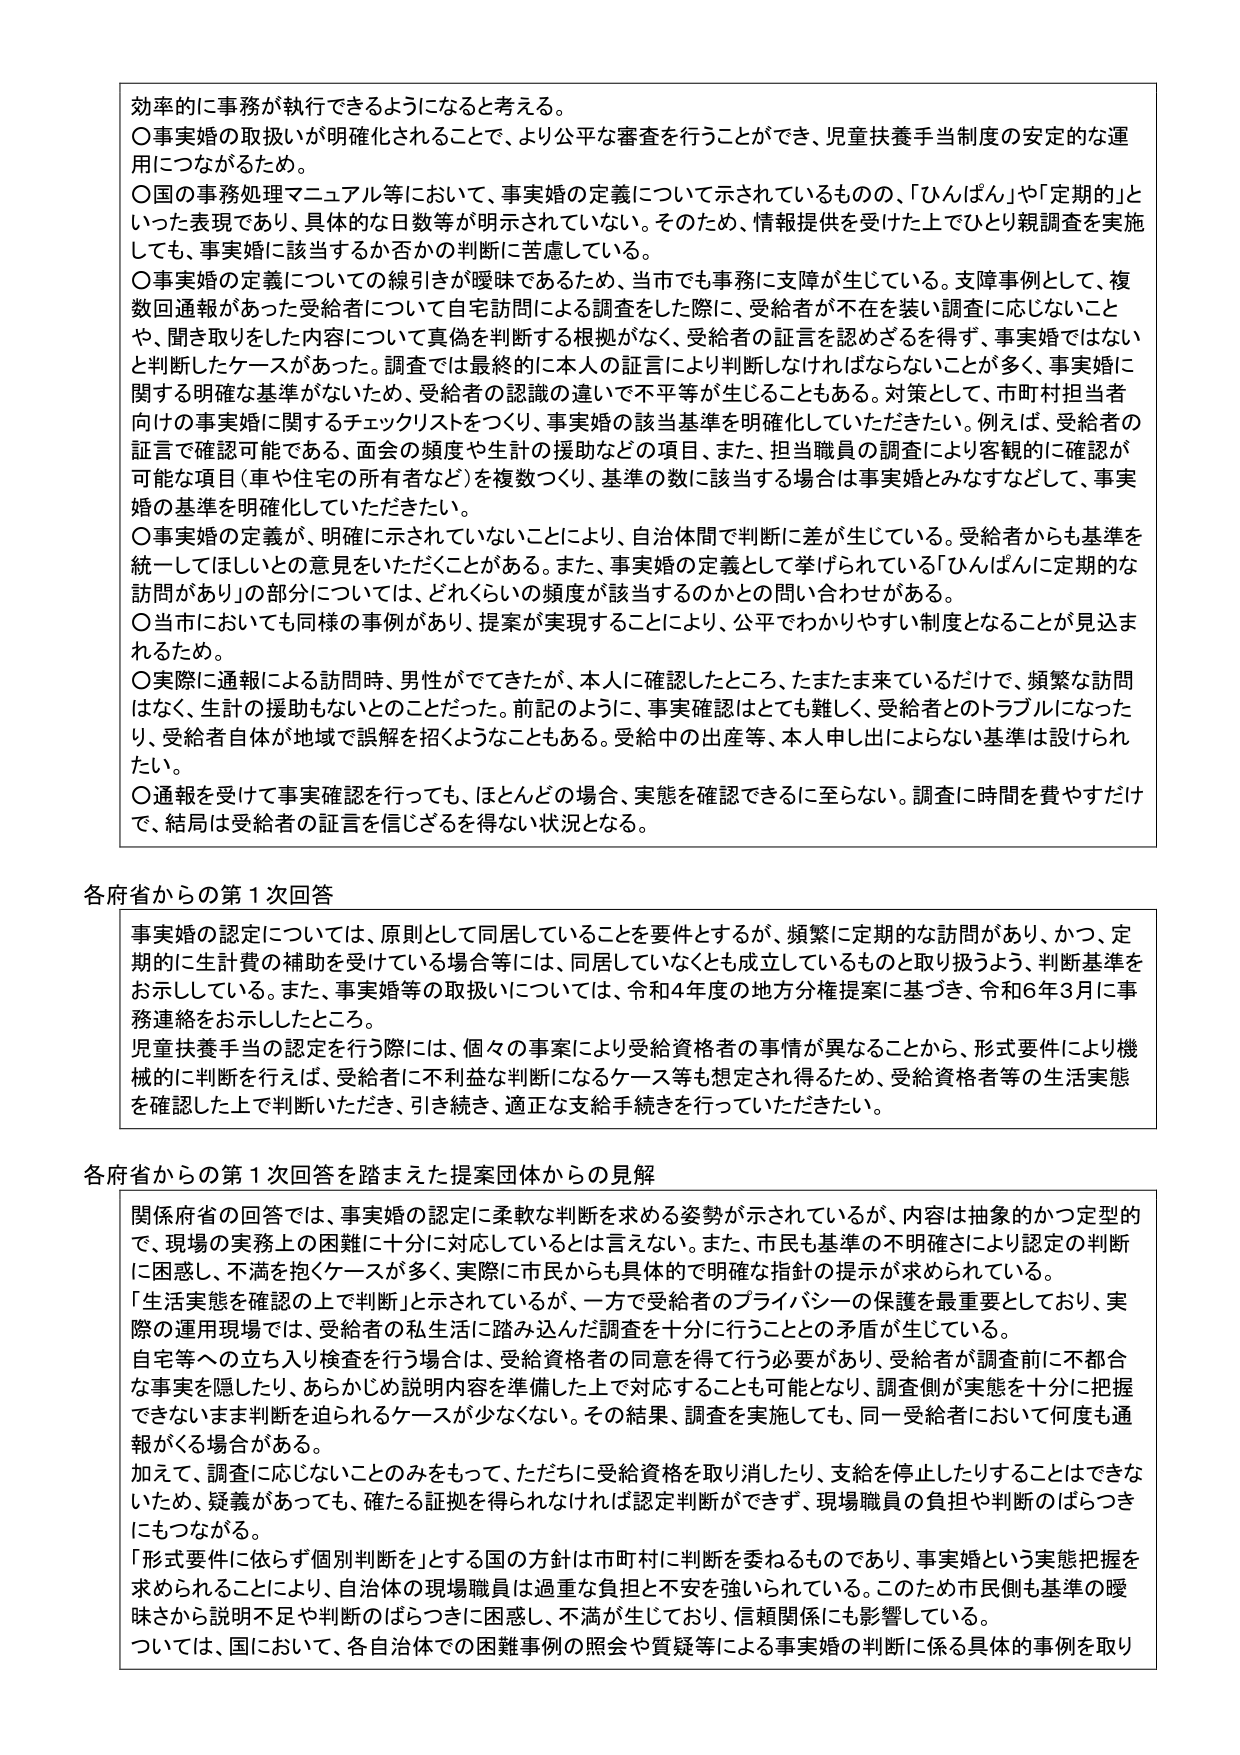
効率的に事務が執行できるようになると考える。
〇事実婚の取扱いが明確化されることで、より公平な審査を行うことができ、児童扶養手当制度の安定的な運用につながるため。
〇国の事務処理マニュアル等において、事実婚の定義について示されているものの、「ひんぱん」や「定期的」といった表現であり、具体的な日数等が明示されていない。そのため、情報提供を受けた上でひとり親調査を実施しても、事実婚に該当するか否かの判断に苦慮している。
〇事実婚の定義についての線引きが曖昧であるため、当市でも事務に支障が生じている。支障事例として、複数回通報があった受給者について自宅訪問による調査をした際に、受給者が不在を装い調査に応じないことや、聞き取りをした内容について真偽を判断する根拠がなく、受給者の証言を認めざるを得ず、事実婚ではないと判断したケースがあった。調査では最終的に本人の証言により判断しなければならないことが多く、事実婚に関する明確な基準がないため、受給者の認識の違いで不平等が生じることもある。対策として、市町村担当者向けの事実婚に関するチェックリストをつくり、事実婚の該当基準を明確化していただきたい。例えば、受給者の証言で確認可能である、面会の頻度や生計の援助などの項目、また、担当職員の調査により客観的に確認が可能な項目（車や住宅の所有者など）を複数つくり、基準の数に該当する場合は事実婚とみなすなどして、事実婚の基準を明確化していただきたい。
〇事実婚の定義が、明確に示されていないことにより、自治体間で判断に差が生じている。受給者からも基準を統一してほしいとの意見をいただくことがある。また、事実婚の定義として挙げられている「ひんぱんに定期的な訪問があり」の部分については、どれくらいの頻度が該当するのかとの問い合わせがある。
〇当市においても同様の事例があり、提案が実現することにより、公平でわかりやすい制度となることが見込まれるため。
〇実際に通報による訪問時、男性がでてきたが、本人に確認したところ、たまたま来ているだけで、頻繁な訪問はなく、生計の援助もないとのことだった。前記のように、事実確認はとても難しく、受給者とのトラブルになったり、受給者自体が地域で誤解を招くようなこともある。受給中の出産等、本人申し出によらない基準は設けられたい。
〇通報を受けて事実確認を行っても、ほとんどの場合、実態を確認できるに至らない。調査に時間を費やすだけで、結局は受給者の証言を信じざるを得ない状況となる。

各府省からの第1次回答
事実婚の認定については、原則として同居していることを要件とするが、頻繁に定期的な訪問があり、かつ、定期的に生計費の補助を受けている場合等には、同居していなくとも成立しているものと取り扱うよう、判断基準をお示ししている。また、事実婚等の取扱いについては、令和4年度の地方分権提案に基づき、令和6年3月に事務連絡をお示ししたところ。
児童扶養手当の認定を行う際には、個々の事案により受給資格者の事情が異なることから、形式要件により機械的に判断を行えば、受給者に不利益な判断になるケース等も想定され得るため、受給資格者等の生活実態を確認した上で判断いただき、引き続き、適正な支給手続きを行っていただきたい。

各府省からの第1次回答を踏まえた提案団体からの見解
関係府省の回答では、事実婚の認定に柔軟な判断を求める姿勢が示されているが、内容は抽象的かつ定型的で、現場の実務上の困難に十分に対応しているとは言えない。また、市民も基準の不明確さにより認定の判断に困惑し、不満を抱くケースが多く、実際に市民からも具体的で明確な指針の提示が求められている。
「生活実態を確認の上で判断」と示されているが、一方で受給者のプライバシーの保護を最重要としており、実際の運用現場では、受給者の私生活に踏み込んだ調査を十分に行うこととの矛盾が生じている。
自宅等への立ち入り検査を行う場合は、受給資格者の同意を得て行う必要があり、受給者が調査前に不都合な事実を隠したり、あらかじめ説明内容を準備した上で対応することも可能となり、調査側が実態を十分に把握できないまま判断を迫られるケースが少なくない。その結果、調査を実施しても、同一受給者において何度も通報がくる場合がある。
加えて、調査に応じないことのみをもって、ただちに受給資格を取り消したり、支給を停止したりすることはできないため、疑義があっても、確たる証拠を得られなければ認定判断ができず、現場職員の負担や判断のばらつきにもつながる。
「形式要件に依らず個別判断を」とする国の方針は市町村に判断を委ねるものであり、事実婚という実態把握を求められることにより、自治体の現場職員は過重な負担と不安を強いられている。このため市民側も基準の曖昧さから説明不足や判断のばらつきに困惑し、不満が生じており、信頼関係にも影響している。
ついては、国において、各自治体での困難事例の照会や質疑等による事実婚の判断に係る具体的事例を取り